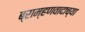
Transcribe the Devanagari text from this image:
ब्राम्हणवादाच्या